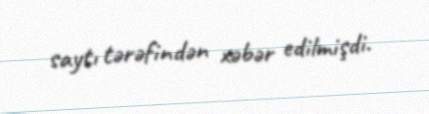
saytı tərəfindən xəbər edilmişdi.